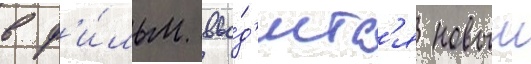
в ф'и́льм вво́д'итс'я новыи